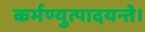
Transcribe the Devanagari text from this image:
कर्मण्युत्पादयन्ते।